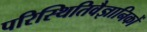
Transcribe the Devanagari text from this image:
परिस्थितिवैज्ञानिकों